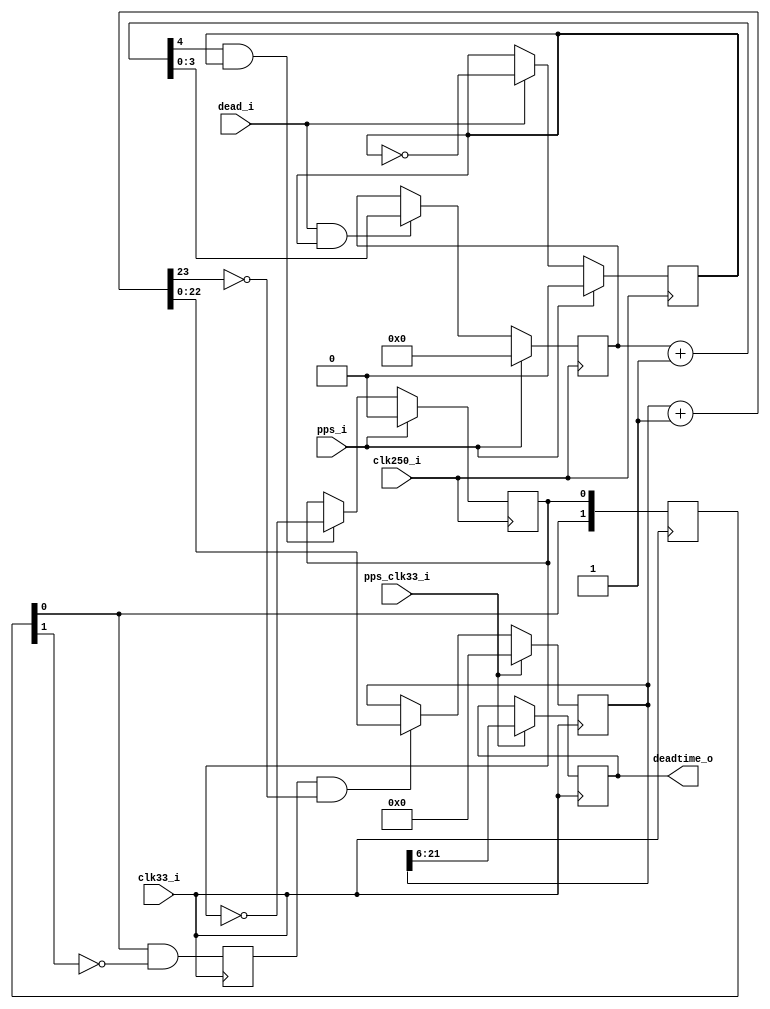
`timescale 1ns / 1ps
////////////////////////////////////////////////////////////////////////////////
// This file is a part of the Antarctic Impulsive Transient Antenna (ANITA)
// project, a collaborative scientific effort between multiple institutions. For
// more information, contact Peter Gorham (gorham@phys.hawaii.edu).
//
// All rights reserved.
//
// Author:
// Author:
////////////////////////////////////////////////////////////////////////////////
module ANITA3_deadtime_counter(
		input clk250_i,
		input clk33_i,
		input dead_i,
		input pps_i,
		input pps_clk33_i,
		output [15:0] deadtime_o
    );

	reg deadtime_toggle = 0;
	reg [3:0] deadtime_counter = {4{1'b0}};
	wire [4:0] deadtime_counter_plus_one = (deadtime_counter + 1);
	reg deadtime_div32 = 0;
	reg [1:0] deadtime_div32_clk33 = {2{1'b0}};
	reg deadtime_flag = 0;
	reg [22:0] deadtime_counter_clk33 = {23{1'b0}};
	wire [23:0] deadtime_counter_clk33_plus_one = deadtime_counter_clk33 + 1;
	reg [15:0] deadtime_scaler = {16{1'b0}};
	always @(posedge clk250_i) begin
		//  deadtime_toggle is the low bit of the counter
		// deadtime_counter is bits [4:1] of the counter
		if (pps_i) deadtime_toggle <= 0;
		else if (dead_i) deadtime_toggle <= ~deadtime_toggle;
		
		if (pps_i) deadtime_counter <= {4{1'b0}};
		else if (dead_i && deadtime_toggle) deadtime_counter <= deadtime_counter_plus_one;
// We don't want this - this generates a flag.	
//		deadtime_div16 <= deadtime_counter_plus_one[4] && dead_i && deadtime_toggle;
		if (pps_i) deadtime_div32 <= 0;
		else if (deadtime_counter_plus_one[4] & deadtime_toggle) 	
			deadtime_div32 <= ~deadtime_div32;
//		deadtime_div32 <= deadtime_counter_plus_one[4];		
	end
	// We're now counting 128 ns increments, so we need 23 bits.
	always @(posedge clk33_i) begin
		deadtime_div32_clk33 <= {deadtime_div32_clk33[0],deadtime_div32};
		deadtime_flag <= deadtime_div32_clk33[0] && !deadtime_div32_clk33[1];

		if (pps_clk33_i) deadtime_counter_clk33 <= {23{1'b0}};
		else if (deadtime_flag && !deadtime_counter_clk33_plus_one[23]) deadtime_counter_clk33 <= deadtime_counter_clk33_plus_one;

		// These are now 16.384 us increments.
//		if (pps_clk33_i) deadtime_scaler <= deadtime_counter_clk33[22:7];
		if (pps_clk33_i) deadtime_scaler <= deadtime_counter_clk33[21:6];
	end
	assign deadtime_o = deadtime_scaler;
endmodule